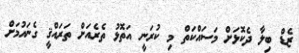
ޒެޑް ބިލާ ދެކޮޅަށް މަސައްކަތް މި ކުރަނީ އަތޮޅު ތެރެއަށް ތަރައްޤީ ގެނައުމަށް